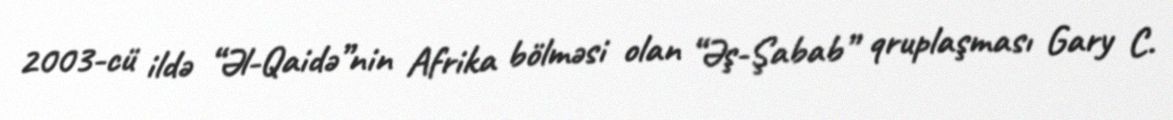
2003-cü ildə “Əl-Qaidə”nin Afrika bölməsi olan “Əş-Şabab” qruplaşması Gary C.